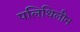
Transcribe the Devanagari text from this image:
पलिथिलीन